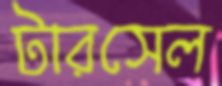
টারসেল